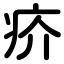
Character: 疥